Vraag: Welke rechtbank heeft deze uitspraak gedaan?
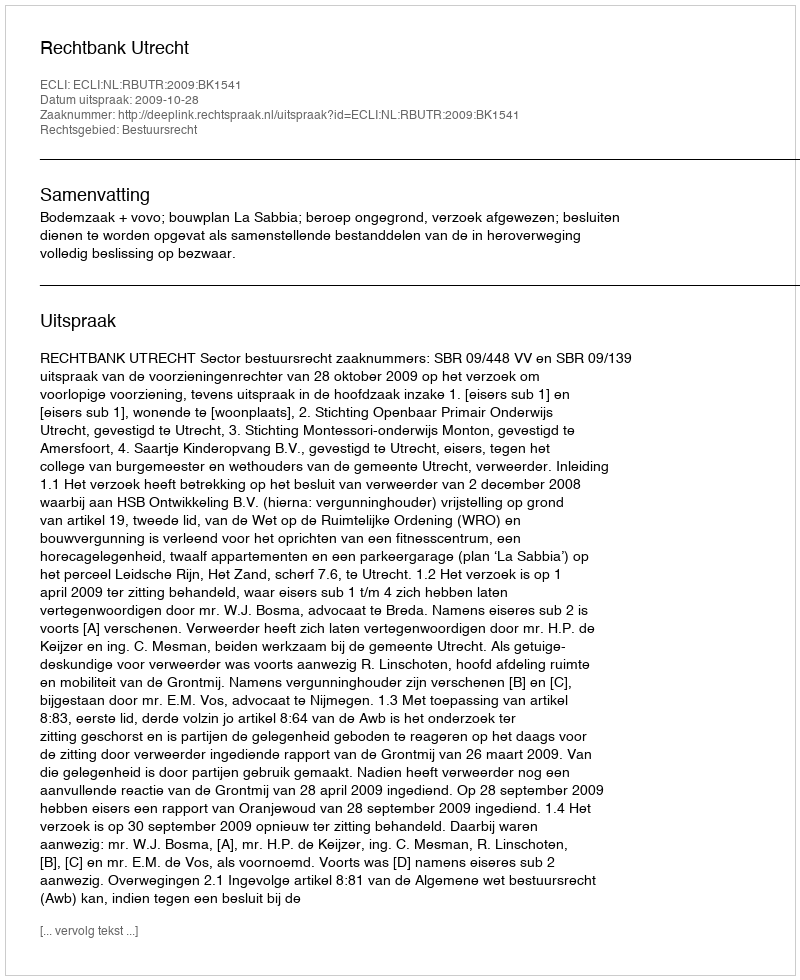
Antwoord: Rechtbank Utrecht